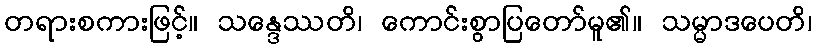
တရားစကားဖြင့်။ သန္ဒေဿတိ၊ ကောင်းစွာပြတော်မူ၏။ သမ္မာဒပေတိ၊